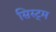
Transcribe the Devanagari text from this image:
सिस्ट्म